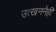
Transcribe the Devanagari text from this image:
उत्खननेही